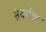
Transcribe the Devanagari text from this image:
संदर्भालय